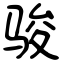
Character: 骏